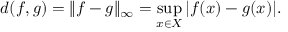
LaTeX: d ( f , g ) = \| f - g \| _ { \infty } = \operatorname* { s u p } _ { x \in X } | f ( x ) - g ( x ) | .